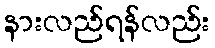
နားလည်ရန်လည်း